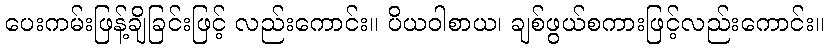
ပေးကမ်းဖြန့်ချိခြင်းဖြင့် လည်းကောင်း။ ပိယဝါစာယ၊ ချစ်ဖွယ်စကားဖြင့်လည်းကောင်း။